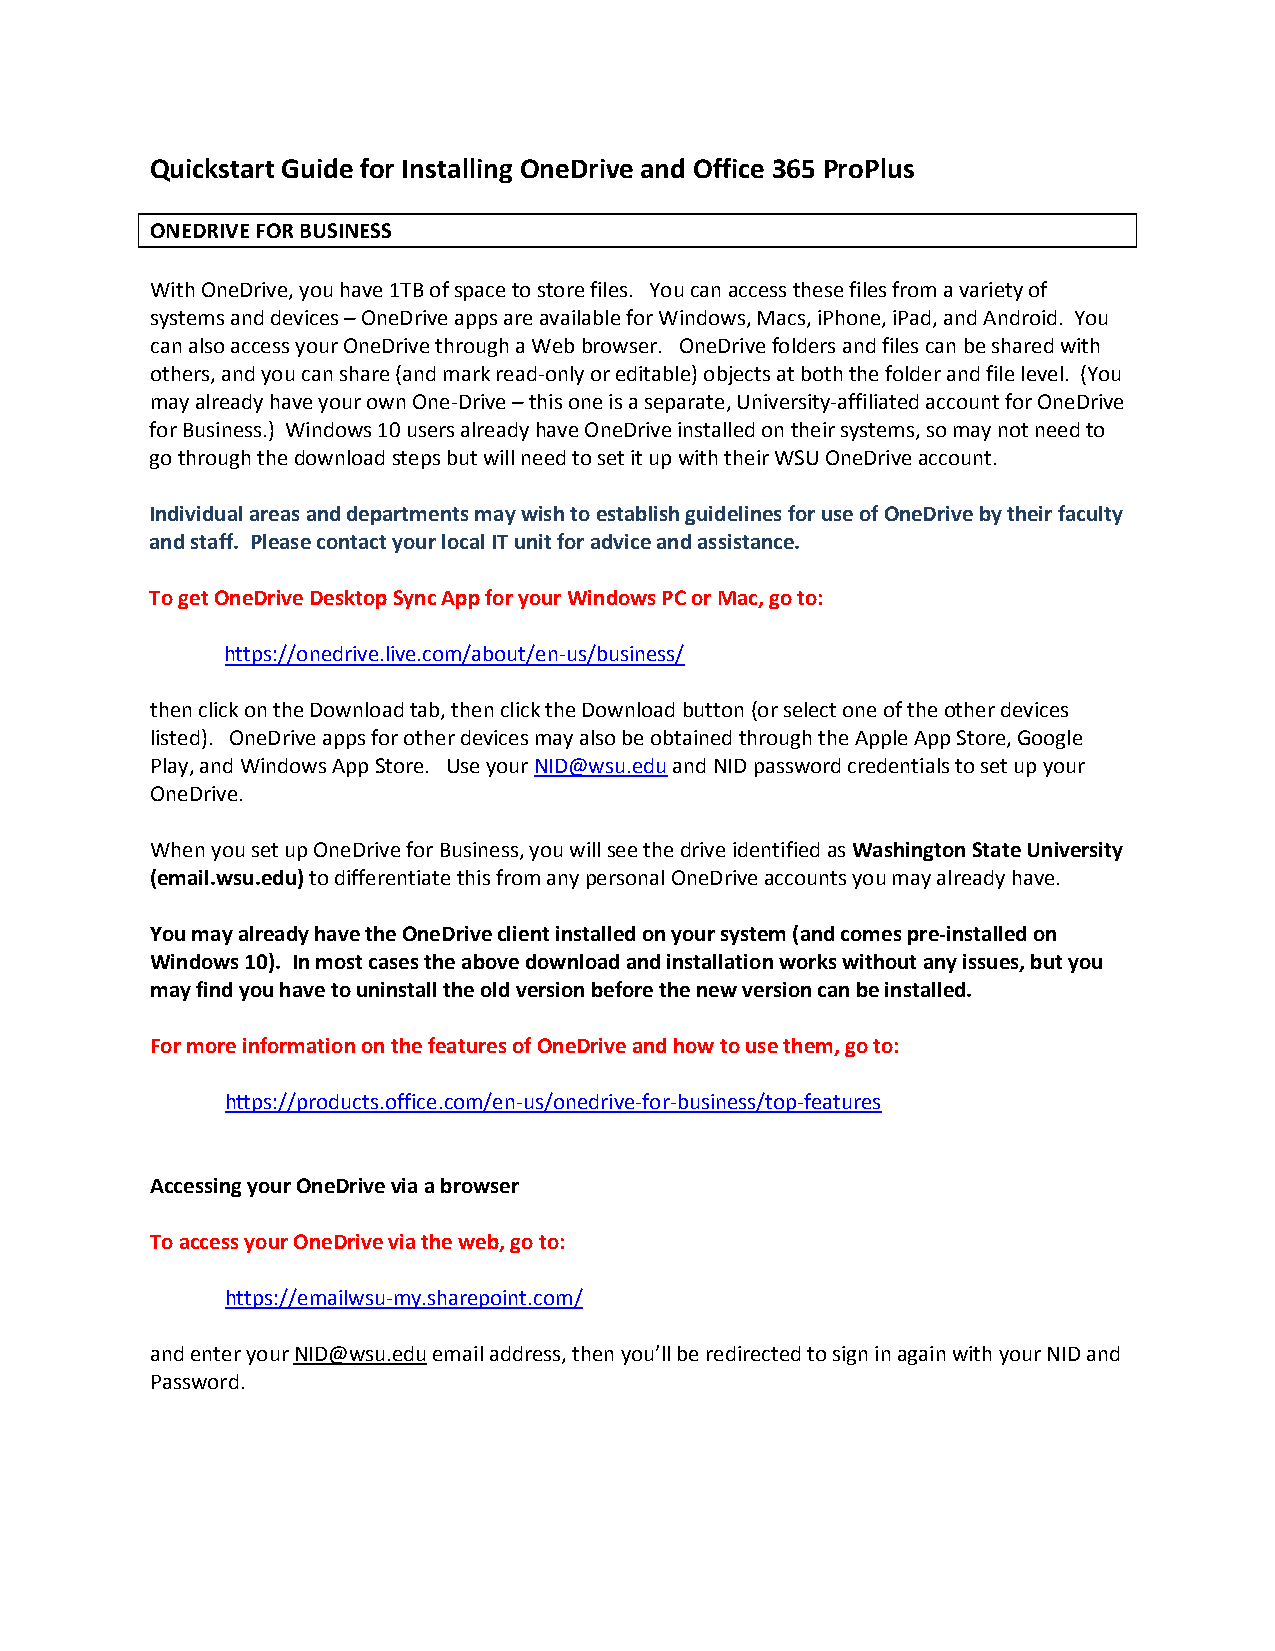
Quickstart Guide for Installing OneDrive and Office 365 ProPlus
 ONEDRIVE FOR BUSINESS
 With OneDrive, you have 1TB of space to store files. You can access these files from a variety of
 systems and devices – OneDrive apps are available for Windows, Macs, iPhone, iPad, and Android. You
 can also access your OneDrive through a Web browser. OneDrive folders and files can be shared with
 others, and you can share (and mark read-only or editable) objects at both the folder and file level. (You
 may already have your own One-Drive – this one is a separate, University-affiliated account for OneDrive
 for Business.) Windows 10 users already have OneDrive installed on their systems, so may not need to
 go through the download steps but will need to set it up with their WSU OneDrive account.
 Individual areas and departments may wish to establish guidelines for use of OneDrive by their faculty
 and staff. Please contact your local IT unit for advice and assistance.
 To get OneDrive Desktop Sync App for your Windows PC or Mac, go to:
 https://onedrive.live.com/about/en-us/business/
 then click on the Download tab, then click the Download button (or select one of the other devices
 listed). OneDrive apps for other devices may also be obtained through the Apple App Store, Google
 Play, and Windows App Store. Use your NID@wsu.edu and NID password credentials to set up your
 OneDrive.
 When you set up OneDrive for Business, you will see the drive identified as Washington State University
 (email.wsu.edu) to differentiate this from any personal OneDrive accounts you may already have.
 You may already have the OneDrive client installed on your system (and comes pre-installed on
 Windows 10). In most cases the above download and installation works without any issues, but you
 may find you have to uninstall the old version before the new version can be installed.
 For more information on the features of OneDrive and how to use them, go to:
 https://products.office.com/en-us/onedrive-for-business/top-features
 Accessing your OneDrive via a browser
 To access your OneDrive via the web, go to:
 https://emailwsu-my.sharepoint.com/
 and enter your NID@wsu.edu email address, then you’ll be redirected to sign in again with your NID and
 Password.